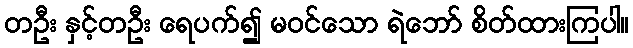
တဦး နှင့်တဦး ရေပက်၍ မဝင်သော ရဲဘော် စိတ်ထားကြပါ။